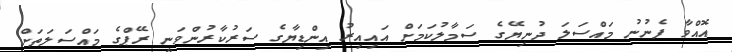
އޮއްވާ ފެނުނު މައްސަލަ ދުނިޔޭގެ ސަމާލުކަމަށް އައިއިރު އިންޑިޔާގެ ސަރުކާރުންވަނީ ރޭޕްގެ މައްސަލަތަށް